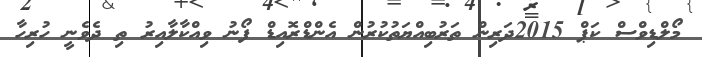
މޯލްޑިވްސް ކަޕް 2015ދަރިން ތަރުބިއްޔަތުކުރުން އެންޑްރޮއިޑް ފޯނު ވިއްކާލާއިރު ތި ދެވެނީ ހުރިހާ